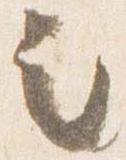
之